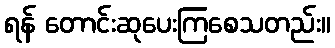
ရန် တောင်းဆုပေးကြစေသတည်း။